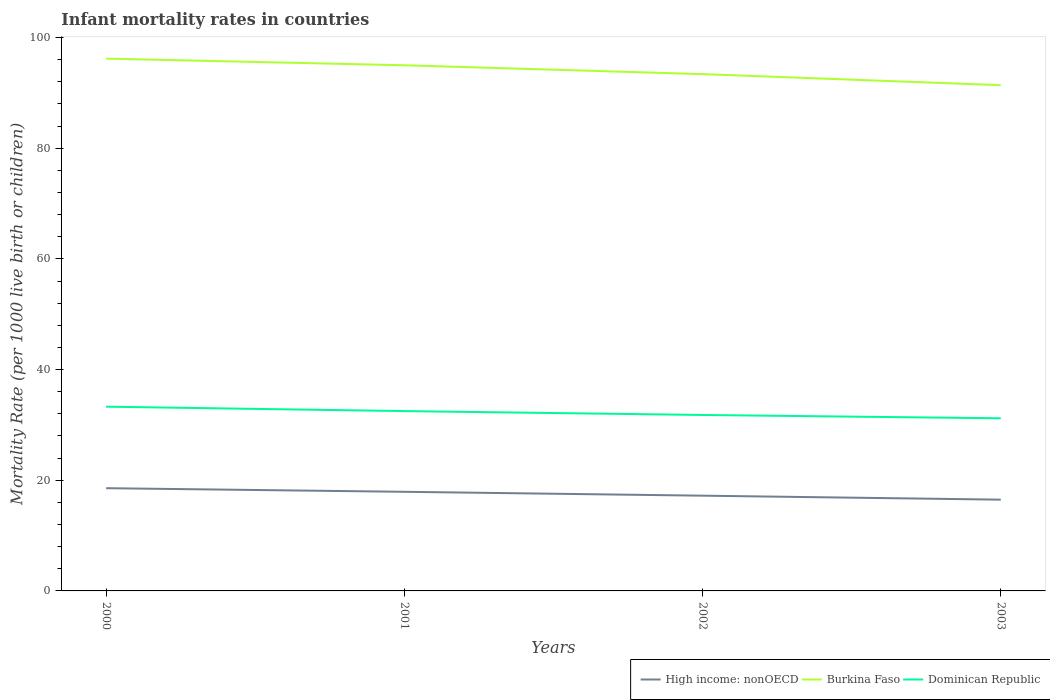
| Years | High income: nonOECD | Burkina Faso | Dominican Republic |
 | --- | --- | --- | --- |
 | 2000 | 18.6 | 96.2 | 33.3 |
 | 2001 | 17.9 | 95 | 32.5 |
 | 2002 | 17.2 | 93.4 | 31.8 |
 | 2003 | 16.5 | 91.4 | 31.2 |